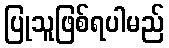
ပြုသူဖြစ်ရပါမည်